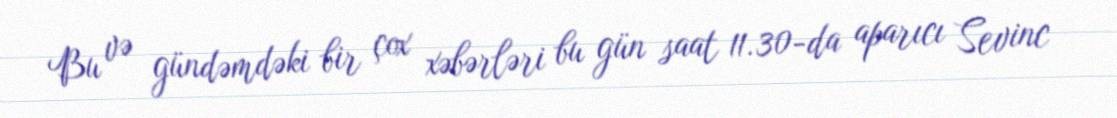
Bu və gündəmdəki bir çox xəbərləri bu gün saat 11.30-da aparıcı Sevinc